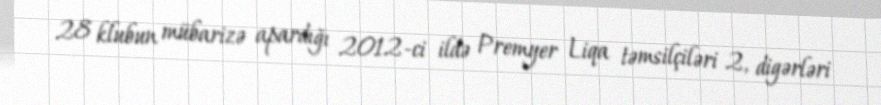
28 klubun mübarizə apardığı 2012-ci ildə Premyer Liqa təmsilçiləri 2, digərləri